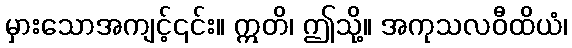
မှားသောအကျင့်၎င်း။ ဣတိ၊ ဤသို့။ အကုသလဝီထိယံ၊